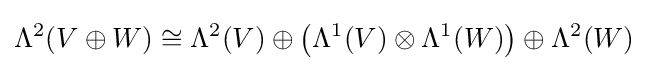
\Lambda ^{2}(V\oplus W)\cong \Lambda ^{2}(V)\oplus \left(\Lambda ^{1}(V)\otimes \Lambda ^{1}(W)\right)\oplus \Lambda ^{2}(W)